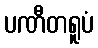
ပဏီတရူပံ